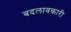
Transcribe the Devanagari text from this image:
बदलावकारी